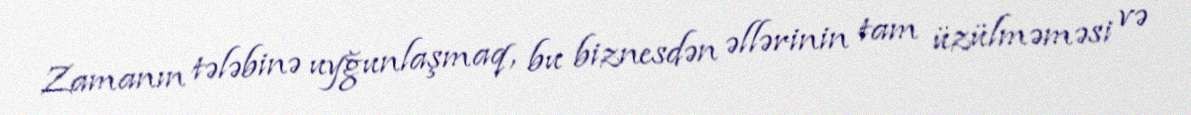
Zamanın tələbinə uyğunlaşmaq, bu biznesdən əllərinin tam üzülməməsi və